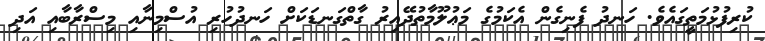
ކުރިފުޅުމަތީގައެވެ. ހަނދު ފެނިގެން އެކަމުގެ މަޢުލޫމާތުދޭއިރު ގާތްގަނޑަކަށް ހަނދުހުރި އުސްމިނާއި މިސްރާބާއި އަދި